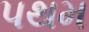
પથમ